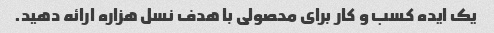
یک ایده کسب و کار برای محصولی با هدف نسل هزاره ارائه دهید.